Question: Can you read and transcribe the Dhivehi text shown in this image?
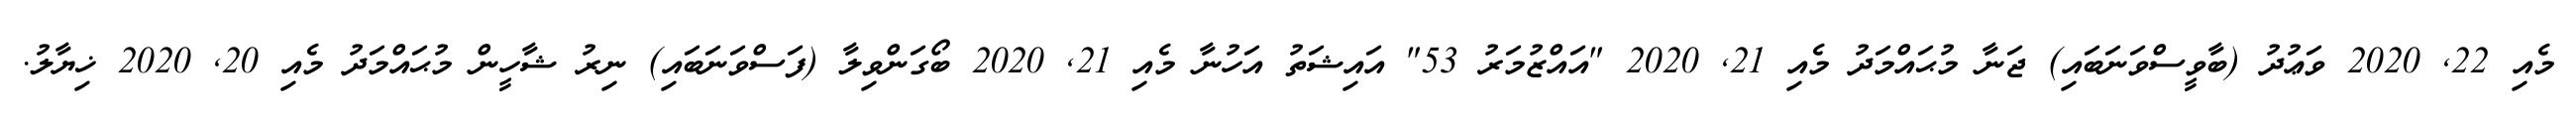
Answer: މެއި 22, 2020 ވަޢުދު (ބާވީސްވަނަބައި) ޖަނާ މުޙައްމަދު މެއި 21, 2020 "އައްޒުމަރު 53" އައިޝަތު އަހުނާ މެއި 21, 2020 ބޯގަންވިލާ (ފަސްވަނަބައި) ނިރު ޝާހީން މުޙައްމަދު މެއި 20, 2020 ޚިޔާލު.